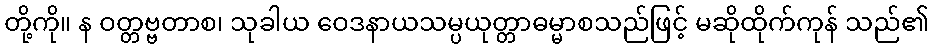
တို့ကို။ န ဝတ္တဗ္ဗတာစ၊ သုခါယ ဝေဒနာယသမ္ပယုတ္တာဓမ္မာစသည်ဖြင့် မဆိုထိုက်ကုန် သည်၏